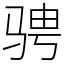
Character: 骋